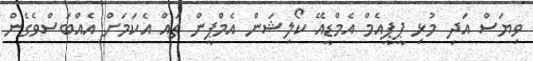
ވިޔަސް އަދި މުޅި ޕީޕީއެމް އެމްޑީއޭ ކޯލިޝަން އެމްޕީން ތައް އެކަމަށް އެއްބަސްވެގެން